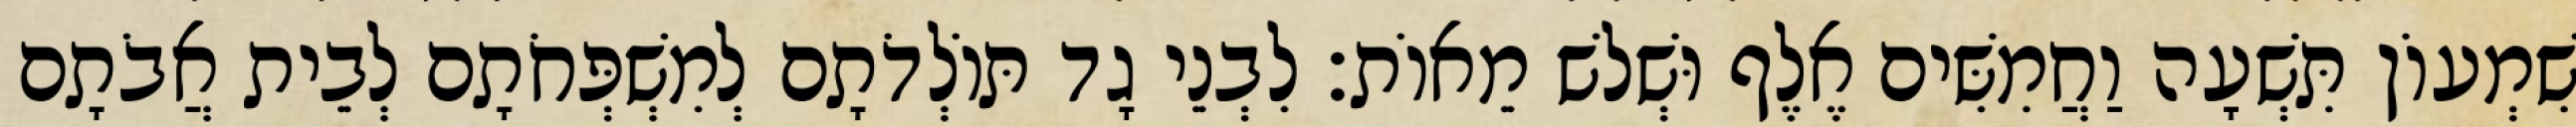
שִׁמְעוֹן תִּשְׁעָה וַחֲמִשִּׁים אֶלֶף וּשְׁלשׁ מֵאוֹת׃ לִבְנֵי גָד תּוֹלְדֹתָם לְמִשְׁפְּחֹתָם לְבֵית אֲבֹתָם